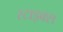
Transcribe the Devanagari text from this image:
स्टाइक्स